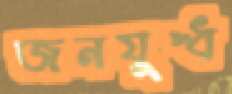
জনযুদ্ধ